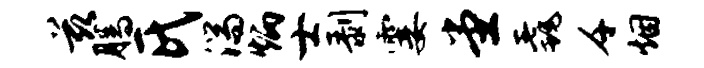
兹腾氏湍炳士剥霎堂毳千烟